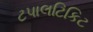
ટપાલટિકિટ